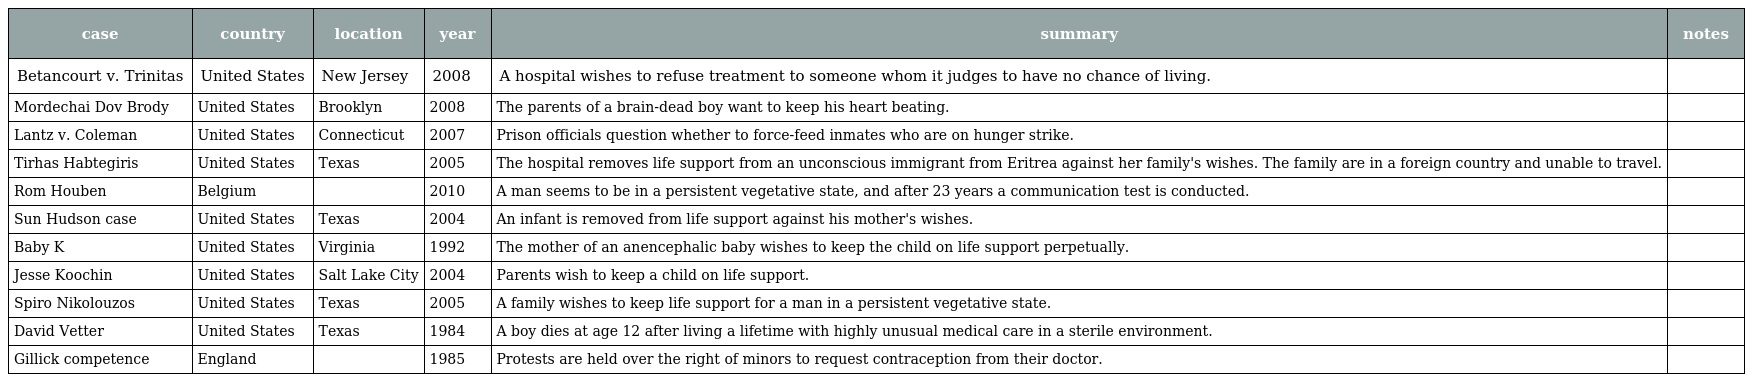
| case | country | location | year | summary | notes |
 | --- | --- | --- | --- | --- | --- |
 | Betancourt v. Trinitas | United States | New Jersey | 2008 | A hospital wishes to refuse treatment to someone whom it judges to have no chance of living. |  |
 | Mordechai Dov Brody | United States | Brooklyn | 2008 | The parents of a brain-dead boy want to keep his heart beating. |  |
 | Lantz v. Coleman | United States | Connecticut | 2007 | Prison officials question whether to force-feed inmates who are on hunger strike. |  |
 | Tirhas Habtegiris | United States | Texas | 2005 | The hospital removes life support from an unconscious immigrant from Eritrea against her family's wishes. The family are in a foreign country and unable to travel. |  |
 | Rom Houben | Belgium |  | 2010 | A man seems to be in a persistent vegetative state, and after 23 years a communication test is conducted. |  |
 | Sun Hudson case | United States | Texas | 2004 | An infant is removed from life support against his mother's wishes. |  |
 | Baby K | United States | Virginia | 1992 | The mother of an anencephalic baby wishes to keep the child on life support perpetually. |  |
 | Jesse Koochin | United States | Salt Lake City | 2004 | Parents wish to keep a child on life support. |  |
 | Spiro Nikolouzos | United States | Texas | 2005 | A family wishes to keep life support for a man in a persistent vegetative state. |  |
 | David Vetter | United States | Texas | 1984 | A boy dies at age 12 after living a lifetime with highly unusual medical care in a sterile environment. |  |
 | Gillick competence | England |  | 1985 | Protests are held over the right of minors to request contraception from their doctor. |  |